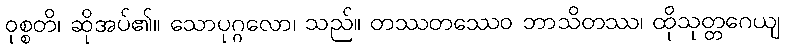
ဝုစ္စတိ၊ ဆိုအပ်၏။ သောပုဂ္ဂလော၊ သည်။ တဿတဿေဝ ဘာသိတဿ၊ ထိုသုတ္တဂေယျ